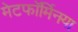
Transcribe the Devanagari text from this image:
मेटफॉर्मिनया